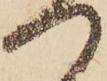
つ